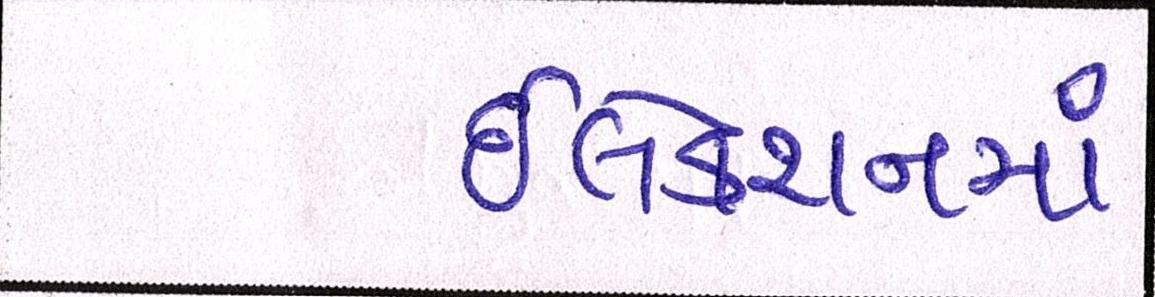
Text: ઇલેક્શનમાં